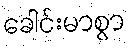
ခေါင်းမာစွာ